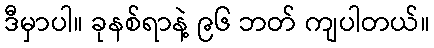
ဒီမှာပါ။ ခုနစ်ရာနဲ့ ၉၆ ဘတ် ကျပါတယ်။